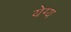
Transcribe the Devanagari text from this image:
येग्य